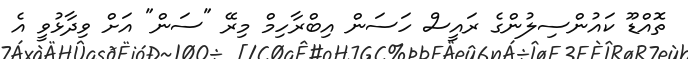
ތޮއްޑޫ ކައުންސިލުންގެ ރައީސް ހަސަން އިބްރާހިމް މިރޭ "ސަން" އަށް ވިދާޅުވީ އެ